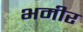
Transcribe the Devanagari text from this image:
भमीर